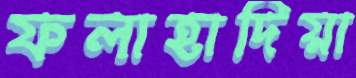
ফলাহাদিয়া